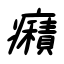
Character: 癪